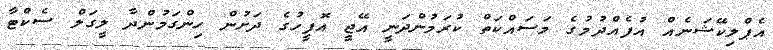
އެޕްލިކޭޝަނެއް އުފެއްދުމުގެ މަސައްކަތް ކުރަމުންދަނީ އޭޖީ އޮފީހުގެ ދަށުން ހިންގަމުންދާ ލީގަލް ސެކްޓާ